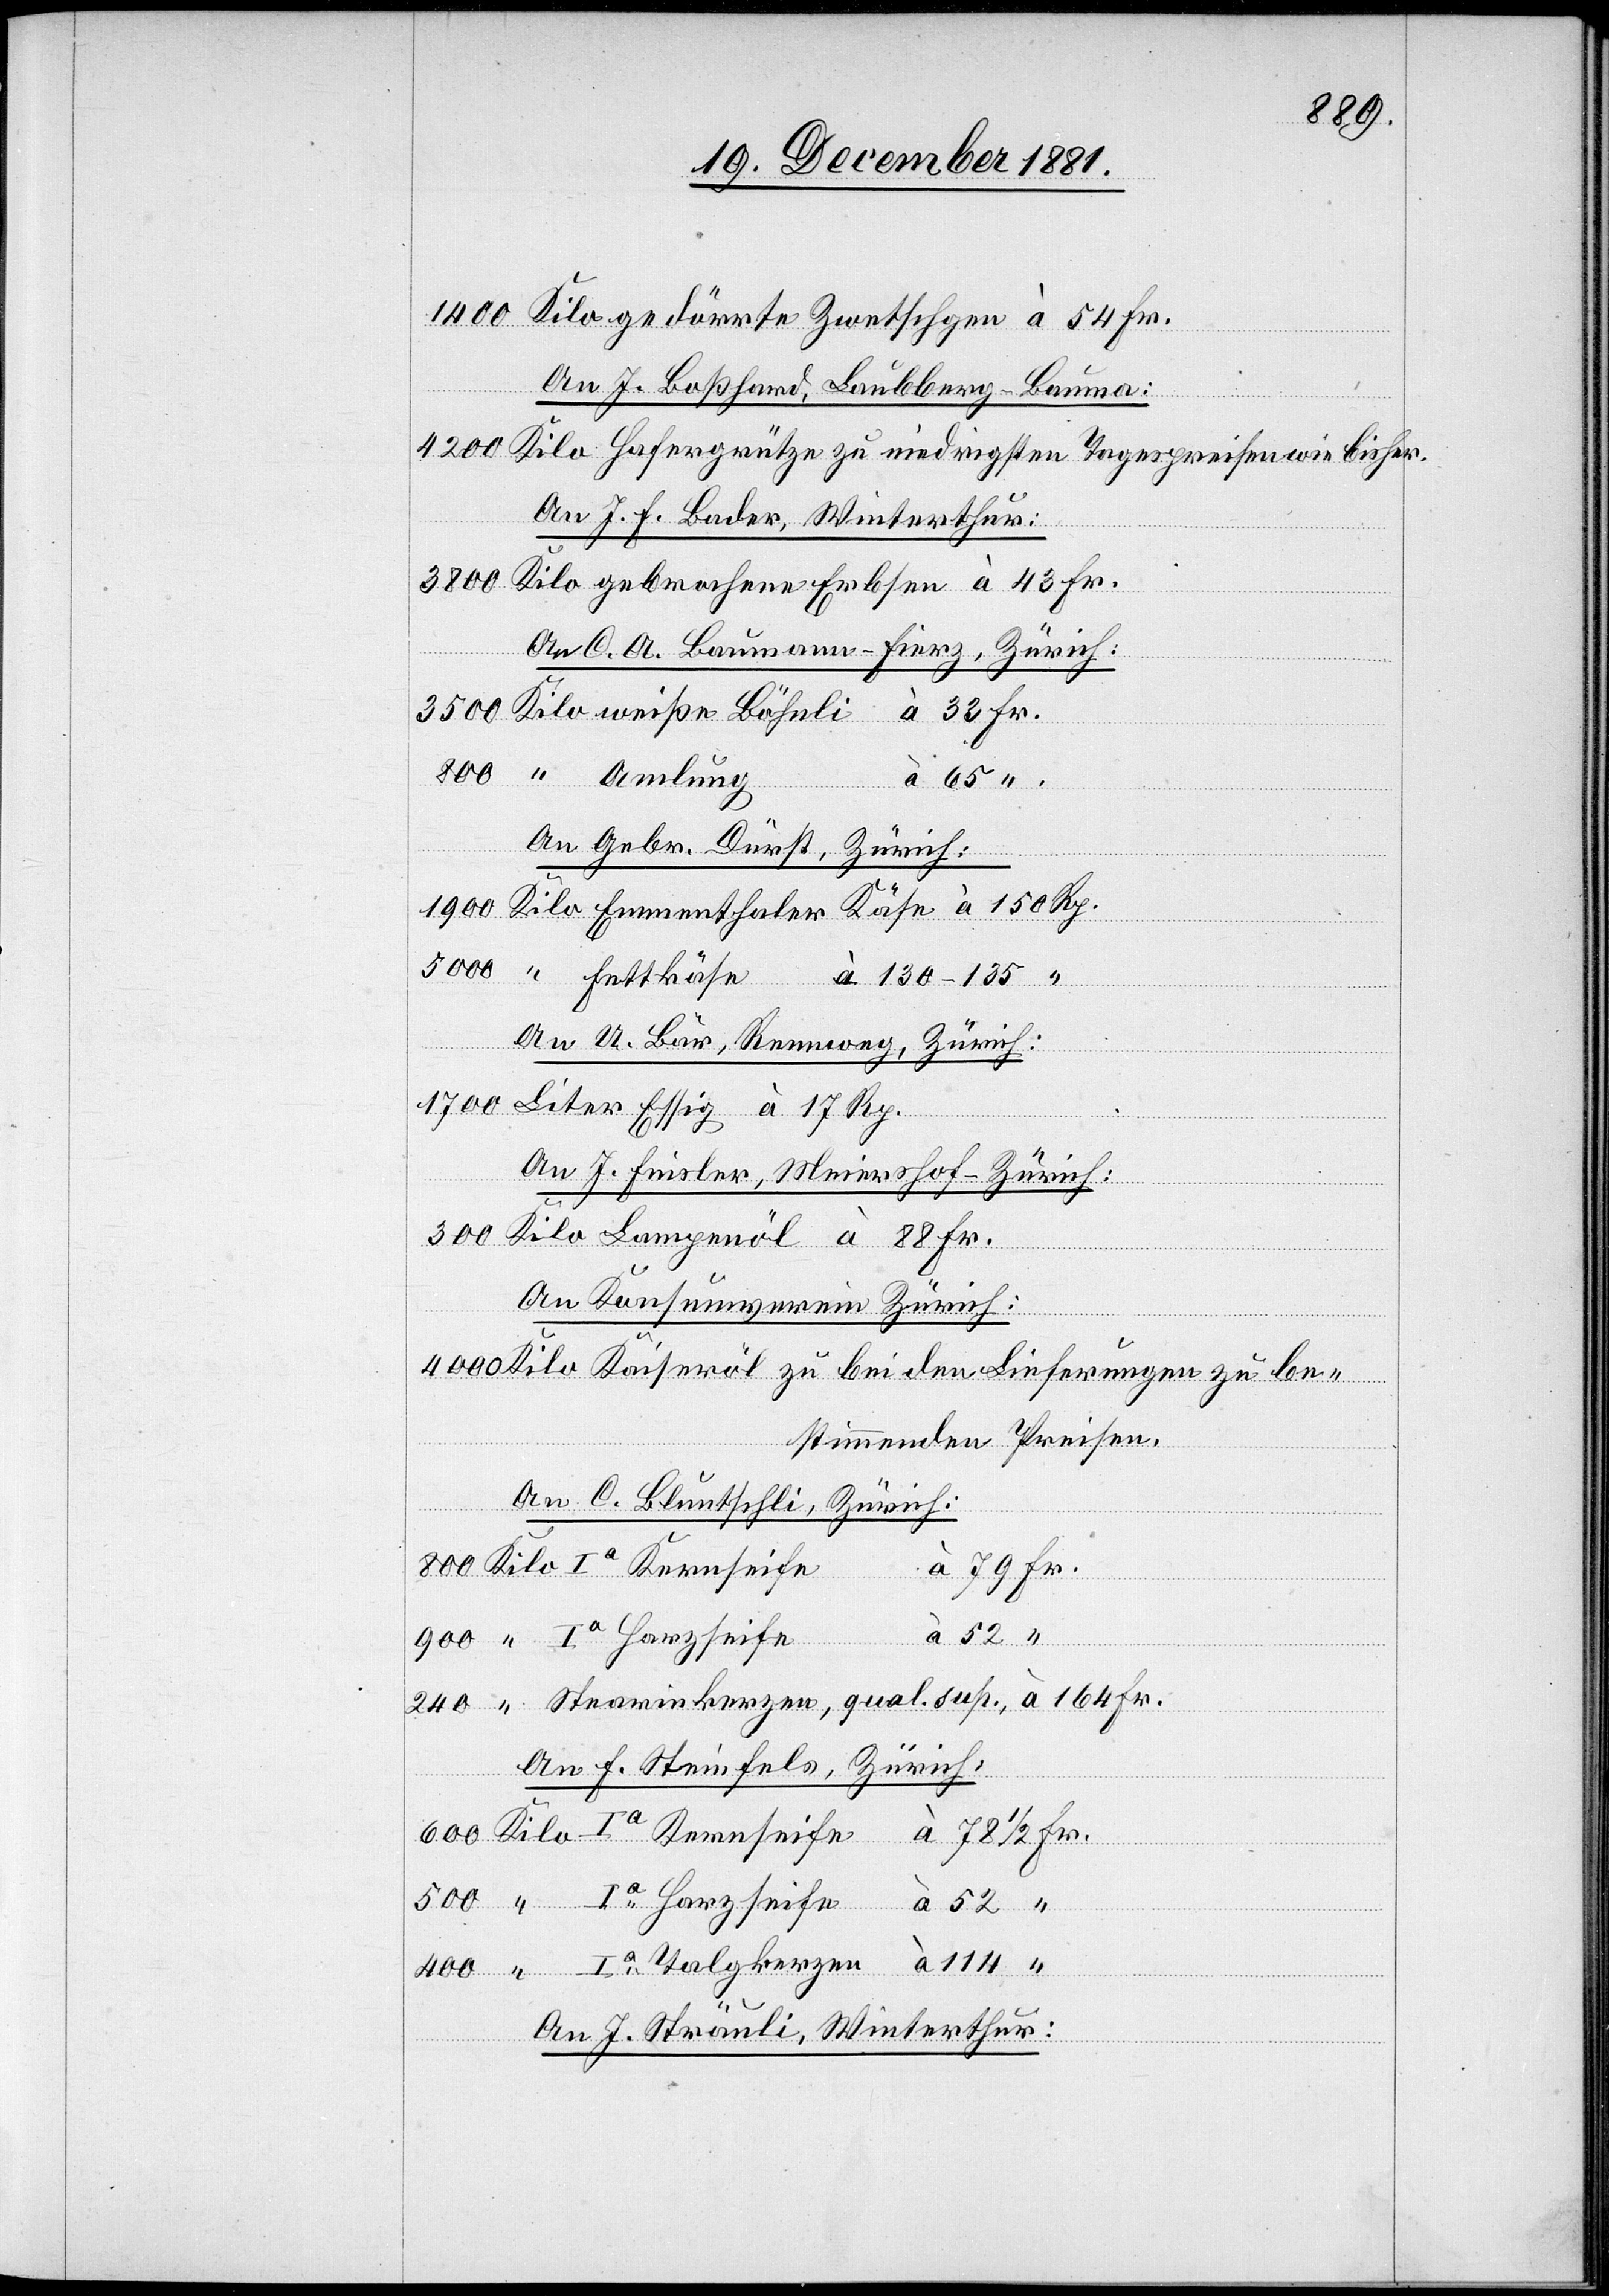
1400 Kilo gedörrte Zwetschgen à 54 Fr.
gkerzen
An J. Boßhard, Laubberg-Bauma:
114
4200 Kilo Hafergrütze zu niedrigsten Tagespreisen bisher.
An J. F. Bader, Winterthur:
3800 Kilo gebrachene Erbsen à 43 Fr.
An O. A. Baumann-Fierz, Zürich:
à 150
Fr.
An Gebr- Dürst, Zürich:
An A. Bär, Rennweg, Zürich:
1700 Liter Essig à 17 Rp.
An J. Finsler, Meiershof - Zürich:
300 Kilo Kaiseröl zu bei den Lieferungen zu be¬
stimmenden Preisen.
An C. Bluntschli, Zürich:
à 79 Fr.
An F. Steinfels, Zürich,
52
à 52 “
Tal¬
An J. Sträuli, Winterthur: